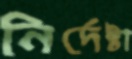
নির্দেষ্টা